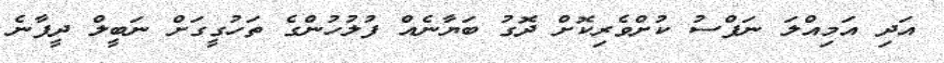
އަދި އަމިއްލަ ނަފްސު ކުށްވެރިކޮށް ދޮގު ބަޔާނެއް ފުލުހުންގެ ތަހުގީގަށް ނަބީލް ދީފާނެ